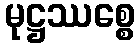
မုဋ္ဌဿစ္စေ